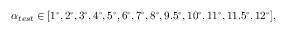
\alpha _ { t e s t } \in [ 1 ^ { \circ } , 2 ^ { \circ } , 3 ^ { \circ } , 4 ^ { \circ } , 5 ^ { \circ } , 6 ^ { \circ } , 7 ^ { \circ } , 8 ^ { \circ } , 9 . 5 ^ { \circ } , 1 0 ^ { \circ } , 1 1 ^ { \circ } , 1 1 . 5 ^ { \circ } , 1 2 ^ { \circ } ] ,